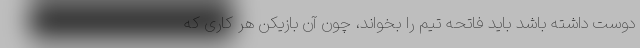
دوست داشته باشد باید فاتحه تیم را بخواند، چون آن بازیکن هر کاری که